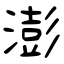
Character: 澎